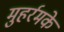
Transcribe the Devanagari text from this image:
मुहर्रमके